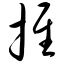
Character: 推